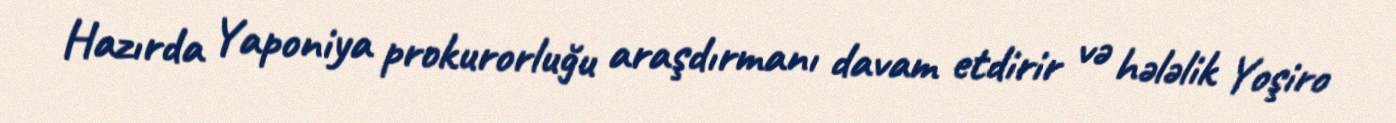
Hazırda Yaponiya prokurorluğu araşdırmanı davam etdirir və hələlik Yoşiro